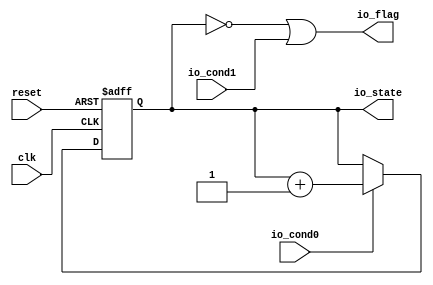
// Generator : SpinalHDL v1.4.0    git head : ecb5a80b713566f417ea3ea061f9969e73770a7f
// Component : MyTopLevel



module MyTopLevel (
  input               io_cond0,
  input               io_cond1,
  output              io_flag,
  output     [7:0]    io_state,
  input               clk,
  input               reset 
);
  reg        [7:0]    counter;

  assign io_state = counter;
  assign io_flag = ((counter == 8'h0) || io_cond1);
  always @ (posedge clk or posedge reset) begin
    if (reset) begin
      counter <= 8'h0;
    end else begin
      if(io_cond0)begin
        counter <= (counter + 8'h01);
      end
    end
  end


endmodule